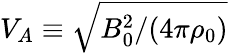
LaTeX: V_{A}\equiv\sqrt{B_{0}^{2}/(4\pi\rho_{0})}